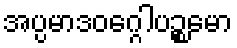
အပ္ပမာဒဝဂ္ဂေါပဉ္စမော